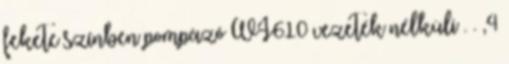
fekete színben pompázó WI610 vezeték nélküli . . ,4